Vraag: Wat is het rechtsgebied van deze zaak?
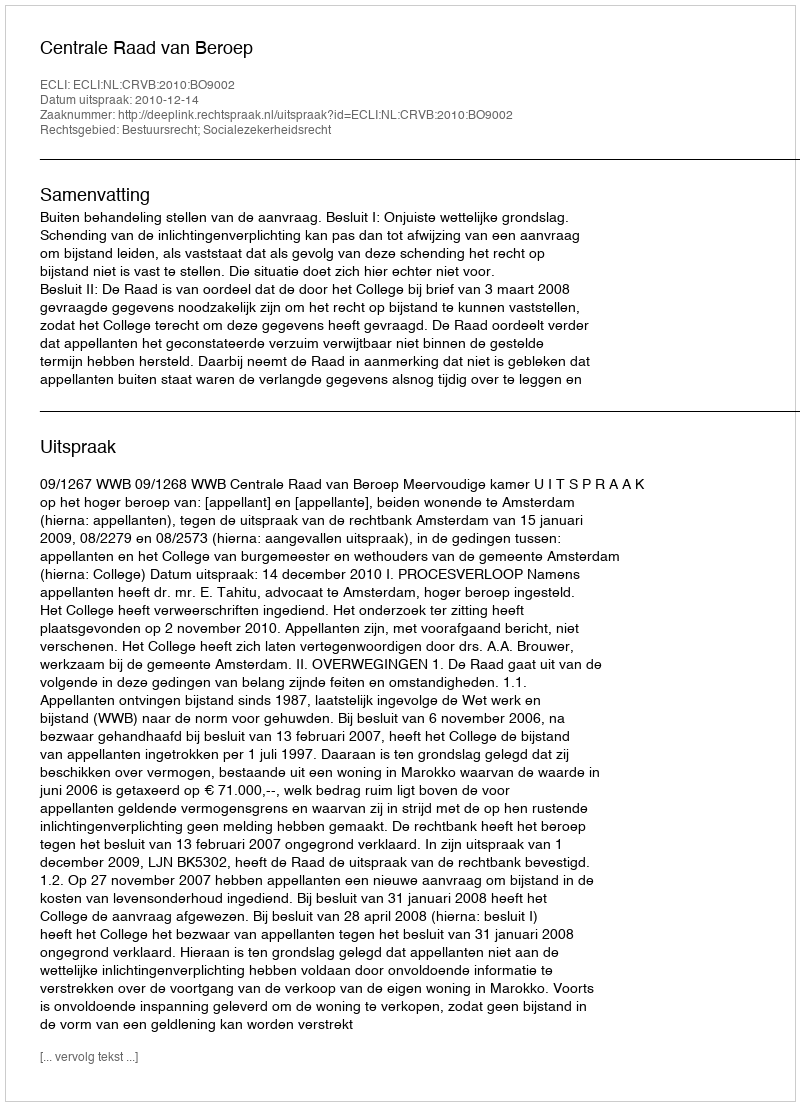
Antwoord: Bestuursrecht; Socialezekerheidsrecht